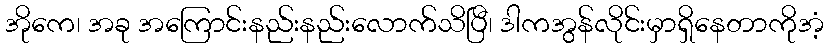
အိုကေ၊ အခု အကြောင်းနည်းနည်းလောက်သိပြီ၊ ဒါကအွန်လိုင်းမှာရှိနေတာကိုအံ့